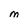
Character: M